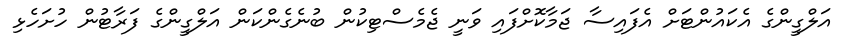
އަލްގީންގެ އެކައުންޓަށް އެފައިސާ ޖަމާކޮށްފައި ވަނީ ޖެމެސްޓިކުން ބުނެގެންކަން އަލްގީންގެ ފަރާޓުން ހުށަހެޅި